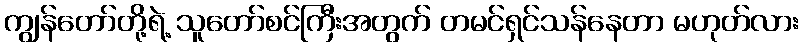
ကျွန်တော်တို့ရဲ့ သူတော်စင်ကြီးအတွက် တမင်ရှင်သန်နေတာ မဟုတ်လား